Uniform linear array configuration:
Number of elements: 16
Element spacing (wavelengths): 1
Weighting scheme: hamming
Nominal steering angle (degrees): -60
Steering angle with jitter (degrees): -59.959
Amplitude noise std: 0.05
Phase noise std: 0.05

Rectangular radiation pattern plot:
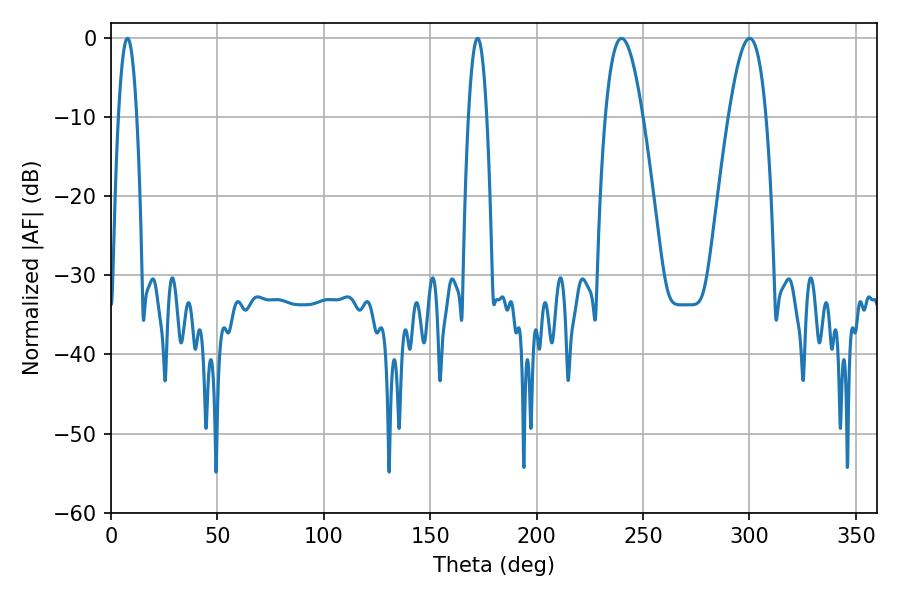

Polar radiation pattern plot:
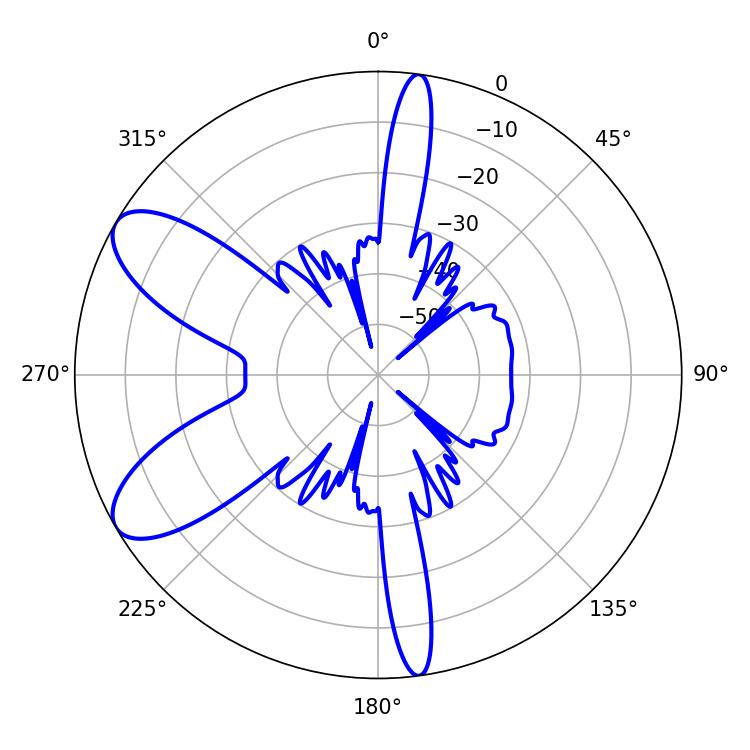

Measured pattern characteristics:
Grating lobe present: TRUE
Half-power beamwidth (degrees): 4.68
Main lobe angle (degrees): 7.74